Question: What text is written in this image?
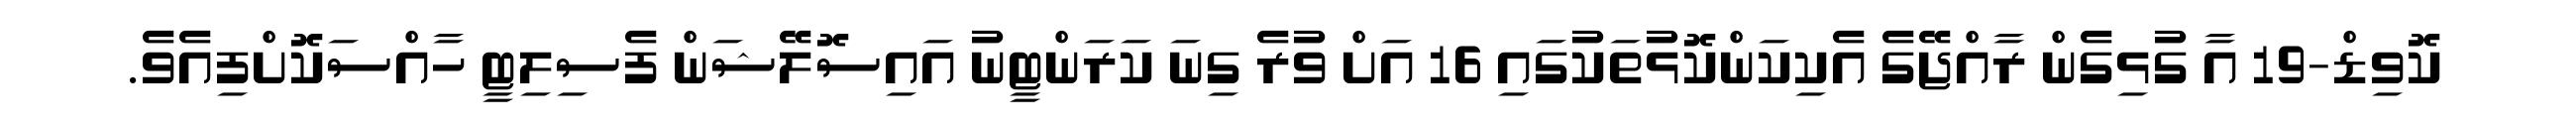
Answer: ކޮވިޑް-19 އާ ގުޅިގެން ރާއްޖޭގެ އެކިކަންކޮޅުތަކުގައި 16 އަށް ވުރެ ގިނަ ކަރަންޓީނު އައިސޮލޭޝަން ފެސިލިޓީ ހާއްސަކޮށްފިއެވެ.